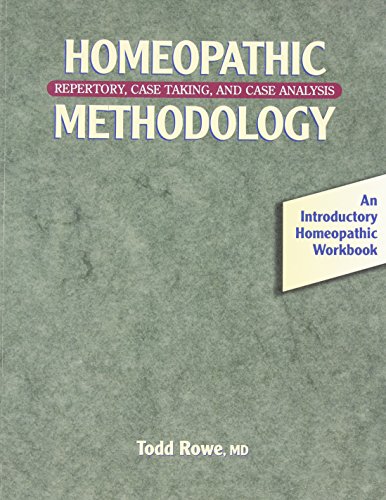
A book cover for Homeopathic Methodology: Repertory, Case Taking, and Case Analysis; Todd Rowe; Health, Fitness & Dieting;